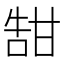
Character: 𪽀